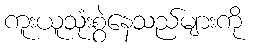
ကူးယူသုံးစွဲနေသည်များကို